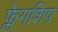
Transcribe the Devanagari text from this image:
फ्लेगशिप